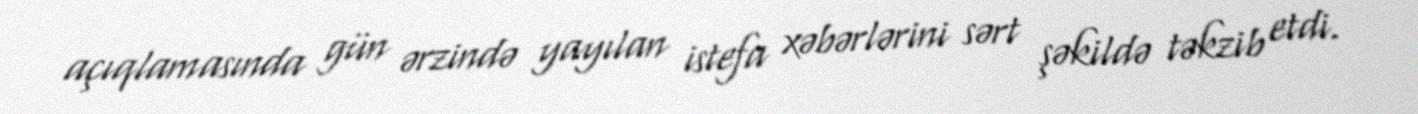
açıqlamasında gün ərzində yayılan istefa xəbərlərini sərt şəkildə təkzib etdi.